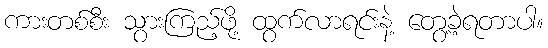
ကားတစ်စီး သွားကြည့်ဖို့ ထွက်လာရင်းနဲ့ တွေ့ခဲ့ရတာပါ။